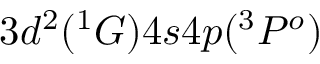
3 d ^ { 2 } ( ^ { 1 } G ) 4 s 4 p ( ^ { 3 } P ^ { o } )